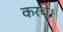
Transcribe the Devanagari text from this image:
करचे।